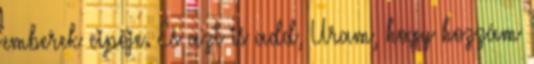
emberek cipője. És azt is add, Uram, hogy hozzám